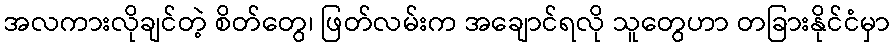
အလကားလိုချင်တဲ့ စိတ်တွေ၊ ဖြတ်လမ်းက အချောင်ရလို သူတွေဟာ တခြားနိုင်ငံမှာ